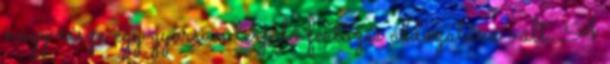
nagy része egy gyorsan terjedő fertőzés áldozatává vált. A